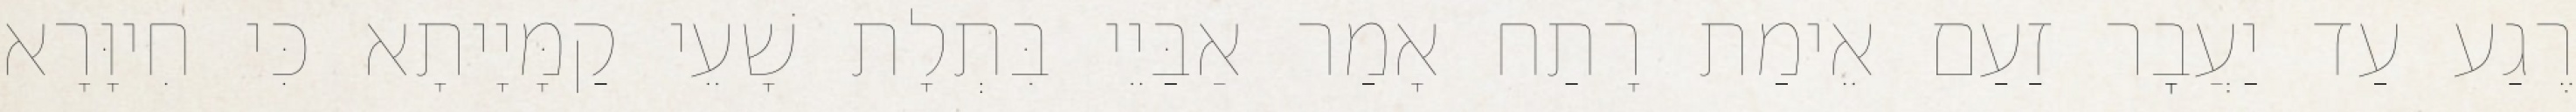
רֶגַע עַד יַעֲבׇר זַעַם אֵימַת רָתַח אָמַר אַבַּיֵי בִּתְלָת שָׁעֵי קַמָּיָיתָא כִּי חִיוָּרָא